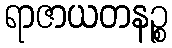
ရာဇာယတနဉ္စ